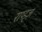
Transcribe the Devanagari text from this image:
राय्ड्ज़